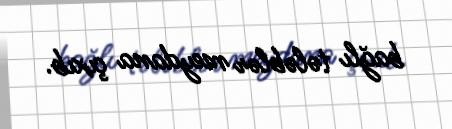
bağlı tələblər meydana çıxıb.